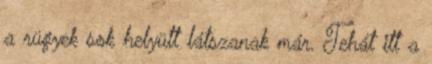
a rügyek sok helyütt látszanak már. Tehát itt a